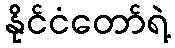
နိုင်ငံတော်ရဲ့